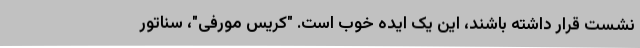
نشست قرار داشته باشند، این یک ایده خوب است. "کریس مورفی"، سناتور